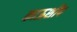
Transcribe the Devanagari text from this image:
काऊशीप